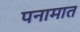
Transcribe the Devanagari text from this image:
पनामात